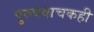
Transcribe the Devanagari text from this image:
पुरुषवाचकही